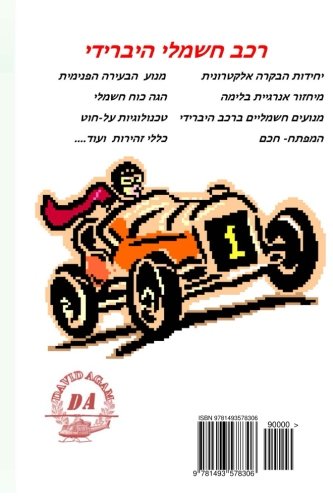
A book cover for Hybrid vehicle: All you need to know (Hebrew Edition); David Agam; Engineering & Transportation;